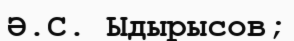
Ә.С. Ыдырысов;